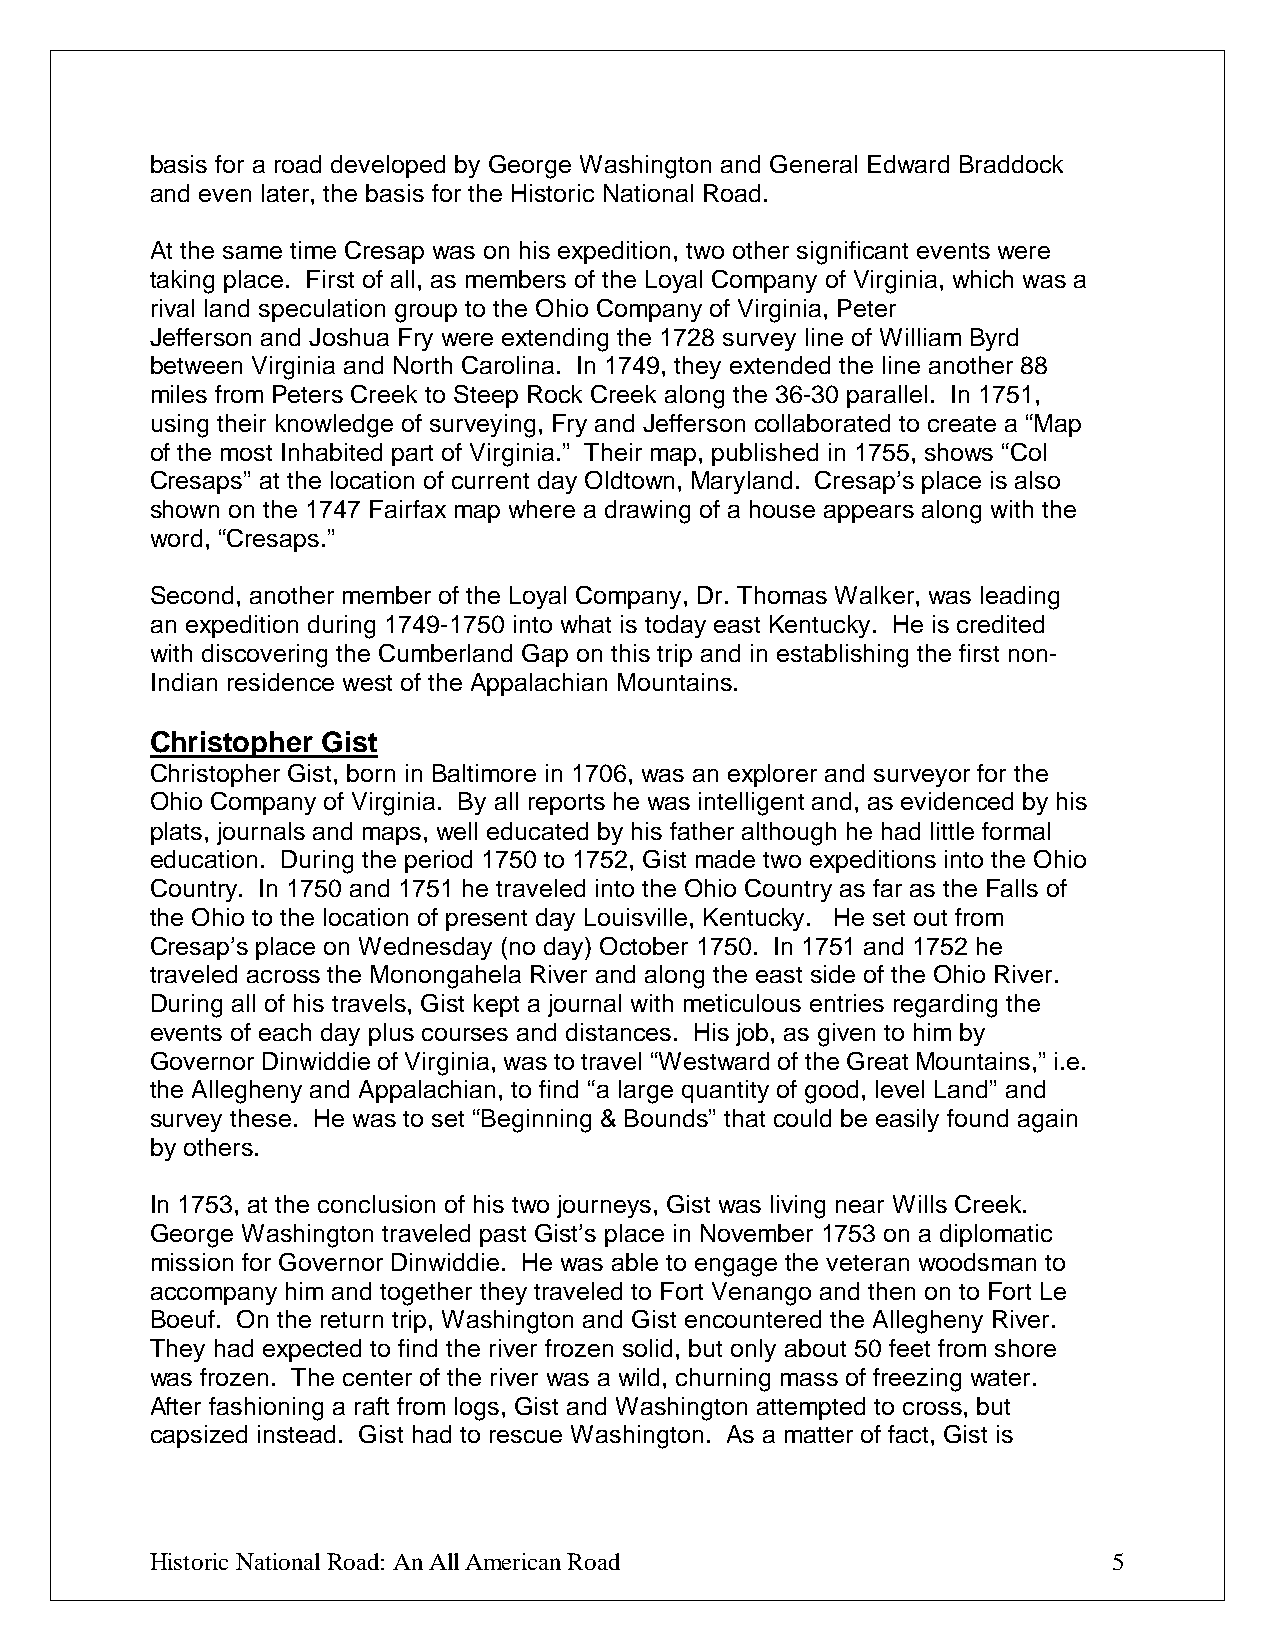
basis for a road developed by George Washington and General Edward Braddock
 and even later, the basis for the Historic National Road.
 At the same time Cresap was on his expedition, two other significant events were
 taking place. First of all, as members of the Loyal Company of Virginia, which was a
 rival land speculation group to the Ohio Company of Virginia, Peter
 Jefferson and Joshua Fry were extending the 1728 survey line of William Byrd
 between Virginia and North Carolina. In 1749, they extended the line another 88
 miles from Peters Creek to Steep Rock Creek along the 36-30 parallel. In 1751,
 using their knowledge of surveying, Fry and Jefferson collaborated to create a “Map
 of the most Inhabited part of Virginia.” Their map, published in 1755, shows “Col
 Cresaps” at the location of current day Oldtown, Maryland. Cresap’s place is also
 shown on the 1747 Fairfax map where a drawing of a house appears along with the
 word, “Cresaps.”
 Second, another member of the Loyal Company, Dr. Thomas Walker, was leading
 an expedition during 1749-1750 into what is today east Kentucky. He is credited
 with discovering the Cumberland Gap on this trip and in establishing the first non-
 Indian residence west of the Appalachian Mountains.
 Christopher Gist
 Christopher Gist, born in Baltimore in 1706, was an explorer and surveyor for the
 Ohio Company of Virginia. By all reports he was intelligent and, as evidenced by his
 plats, journals and maps, well educated by his father although he had little formal
 education. During the period 1750 to 1752, Gist made two expeditions into the Ohio
 Country. In 1750 and 1751 he traveled into the Ohio Country as far as the Falls of
 the Ohio to the location of present day Louisville, Kentucky. He set out from
 Cresap’s place on Wednesday (no day) October 1750. In 1751 and 1752 he
 traveled across the Monongahela River and along the east side of the Ohio River.
 During all of his travels, Gist kept a journal with meticulous entries regarding the
 events of each day plus courses and distances. His job, as given to him by
 Governor Dinwiddie of Virginia, was to travel “Westward of the Great Mountains,” i.e.
 the Allegheny and Appalachian, to find “a large quantity of good, level Land” and
 survey these. He was to set “Beginning & Bounds” that could be easily found again
 by others.
 In 1753, at the conclusion of his two journeys, Gist was living near Wills Creek.
 George Washington traveled past Gist’s place in November 1753 on a diplomatic
 mission for Governor Dinwiddie. He was able to engage the veteran woodsman to
 accompany him and together they traveled to Fort Venango and then on to Fort Le
 Boeuf. On the return trip, Washington and Gist encountered the Allegheny River.
 They had expected to find the river frozen solid, but only about 50 feet from shore
 was frozen. The center of the river was a wild, churning mass of freezing water.
 After fashioning a raft from logs, Gist and Washington attempted to cross, but
 capsized instead. Gist had to rescue Washington. As a matter of fact, Gist is
 Historic National Road: An All American Road                    5